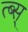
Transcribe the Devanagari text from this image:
त्ब्स्